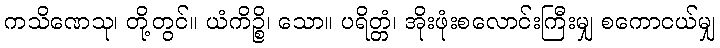
ကသိဏေသု၊ တို့တွင်။ ယံကိဉ္စိ၊ သော။ ပရိတ္တံ၊ အိုးဖုံးစလောင်းကြီးမျှ စကောငယ်မျှ